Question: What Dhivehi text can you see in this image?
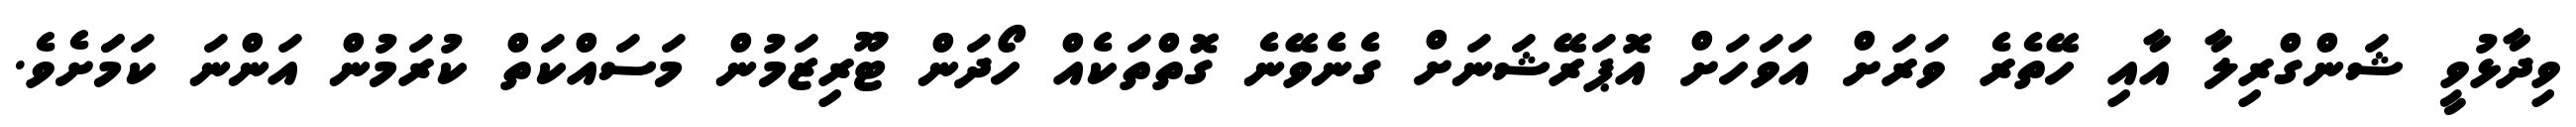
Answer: ވިދާޅުވީ ޝަންގްރިލާ އާއި ހޭތެރެ ވަރަށް އަވަހަށް އޮޕަރޭޝަނަށް ގެނެވޭނެ ގޮތްތަކެއް ހޯދަން ޓޫރިޒަމުން މަސައްކަތް ކުރަމުން އަންނަ ކަމަަށެވެ.